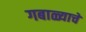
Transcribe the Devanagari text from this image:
गबाळ्याचे